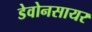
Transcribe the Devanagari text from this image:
डेवोनसायर